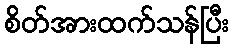
စိတ်အားထက်သန်ပြီး